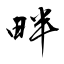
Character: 畔